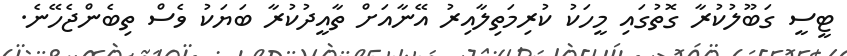
ޓީސީ ގަބޫލުކުރާ ގޮތުގައި މީހަކު ކުރިމަތިލާއިރު އޭނާއަށް ތާއީދުކުރާ ބަޔަކު ވެސް ތިބެންޖެހޭނެ.